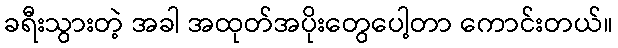
ခရီးသွားတဲ့ အခါ အထုတ်အပိုးတွေပေါ့တာ ကောင်းတယ်။